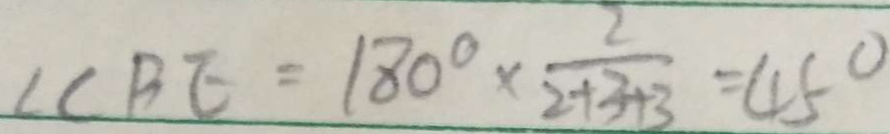
\angle C B E = 1 8 0 ^ { \circ } \times \frac { 2 } { 2 + 3 + 3 } = 4 5 ^ { \circ }